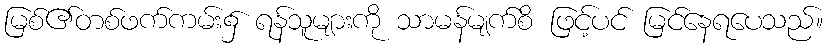
မြစ်၏တစ်ဖက်ကမ်း၌ ရန်သူများကို သာမန်မျက်စိ ဖြင့်ပင် မြင်နေရပေသည်။